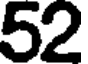
52